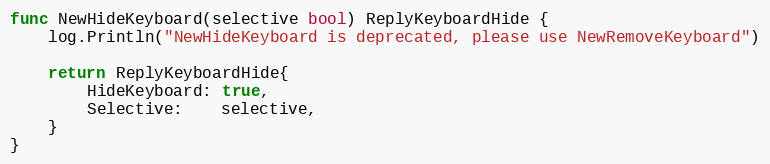
Language: Go
func NewHideKeyboard(selective bool) ReplyKeyboardHide {
	log.Println("NewHideKeyboard is deprecated, please use NewRemoveKeyboard")

	return ReplyKeyboardHide{
		HideKeyboard: true,
		Selective:    selective,
	}
}